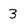
Character: 3